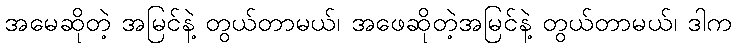
အမေဆိုတဲ့ အမြင်နဲ့ တွယ်တာမယ်၊ အဖေဆိုတဲ့အမြင်နဲ့ တွယ်တာမယ်၊ ဒါက